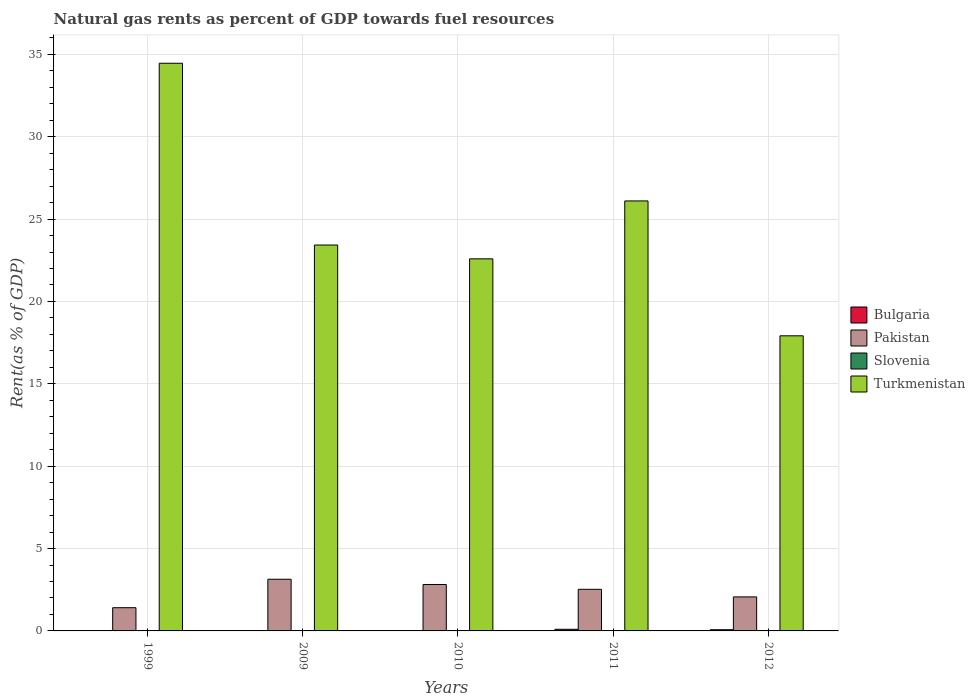
| Years | Bulgaria | Pakistan | Slovenia | Turkmenistan |
 | --- | --- | --- | --- | --- |
 | 1999 | 0.00787 | 1.41 | 0.00109 | 34.5 |
 | 2009 | 0.00419 | 3.14 | 0.000825 | 23.4 |
 | 2010 | 0.0177 | 2.82 | 0.00182 | 22.6 |
 | 2011 | 0.0995 | 2.53 | 0.000531 | 26.1 |
 | 2012 | 0.0732 | 2.07 | 0.000464 | 17.9 |